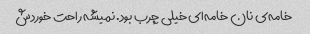
خامه‌ی نان خامه‌ای خیلی چرب بود. نمیشه راحت خوردش